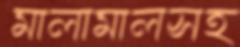
মালামালসহ